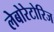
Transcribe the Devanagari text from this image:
लेबोरेटोरिज